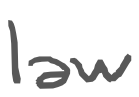
Text: law
Cross-out: clean
Writing tool: digital_gray